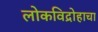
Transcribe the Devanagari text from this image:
लोकविद्रोहाचा